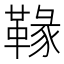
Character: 𩌁